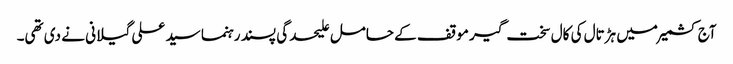
آج کشمیر میں ہڑتال کی کال سخت گیر موقف کے حامل علیحدگی پسند رہنما سید علی گیلانی نے دی تھی۔